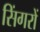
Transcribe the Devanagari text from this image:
सिंगरों